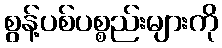
စွန့်ပစ်ပစ္စည်းများကို